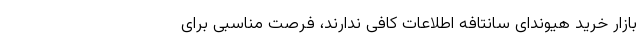
بازار خرید هیوندای سانتافه اطلاعات کافی ندارند، فرصت مناسبی برای